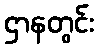
ဌာနတွင်း